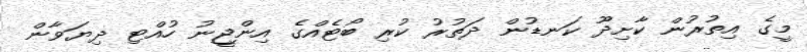
މީގެ އިތުރުން ކާށިދޫ ކަނޑުން ދަތުރު ކުރި ބޯޓެއްގެ އިންޖީނު ހުއްޓި ދިޔަވާން